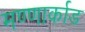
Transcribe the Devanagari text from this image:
मण्णार्काड